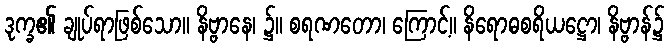
ဒုက္ခ၏ ချုပ်ရာဖြစ်သော။ နိဗ္ဗာနေ၊ ၌။ စရဏတော၊ ကြောင့်။ နိရောဓစရိယဋ္ဌော၊ နိဗ္ဗာန်၌